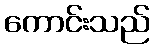
ကောင်းသည်